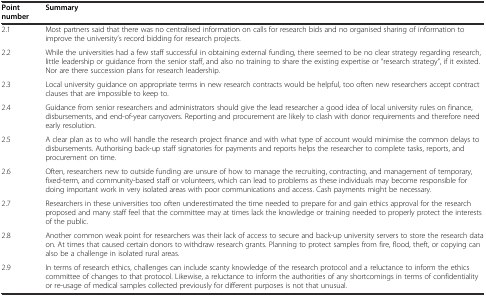
<table><thead><tr><td><b>Point number</b></td><td><b>Summary</b></td></tr></thead><tbody><tr><td>2.1</td><td>Most partners said that there was no centralised information on calls for research bids and no organised sharing of information to improve the university’s record bidding for research projects.</td></tr><tr><td>2.2</td><td>While the universities had a few staff successful in obtaining external funding, there seemed to be no clear strategy regarding research, little leadership or guidance from the senior staff, and also no training to share the existing expertise or “research strategy”, if it existed. Nor are there succession plans for research leadership.</td></tr><tr><td>2.3</td><td>Local university guidance on appropriate terms in new research contracts would be helpful, too often new researchers accept contract clauses that are impossible to keep to.</td></tr><tr><td>2.4</td><td>Guidance from senior researchers and administrators should give the lead researcher a good idea of local university rules on finance, disbursements, and end-of-year carryovers. Reporting and procurement are likely to clash with donor requirements and therefore need early resolution.</td></tr><tr><td>2.5</td><td>A clear plan as to who will handle the research project finance and with what type of account would minimise the common delays to disbursements. Authorising back-up staff signatories for payments and reports helps the researcher to complete tasks, reports, and procurement on time.</td></tr><tr><td>2.6</td><td>Often, researchers new to outside funding are unsure of how to manage the recruiting, contracting, and management of temporary, fixed-term, and community-based staff or volunteers, which can lead to problems as these individuals may become responsible for doing important work in very isolated areas with poor communications and access. Cash payments might be necessary.</td></tr><tr><td>2.7</td><td>Researchers in these universities too often underestimated the time needed to prepare for and gain ethics approval for the research proposed and many staff feel that the committee may at times lack the knowledge or training needed to properly protect the interests of the public.</td></tr><tr><td>2.8</td><td>Another common weak point for researchers was their lack of access to secure and back-up university servers to store the research data on. At times that caused certain donors to withdraw research grants. Planning to protect samples from fire, flood, theft, or copying can also be a challenge in isolated rural areas.</td></tr><tr><td>2.9</td><td>In terms of research ethics, challenges can include scanty knowledge of the research protocol and a reluctance to inform the ethics committee of changes to that protocol. Likewise, a reluctance to inform the authorities of any shortcomings in terms of confidentiality or re-usage of medical samples collected previously for different purposes is not that unusual.</td></tr></tbody></table>